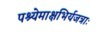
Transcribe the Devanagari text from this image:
पश्येमाक्षभिर्यजत्राः